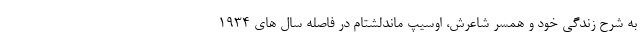
به شرح زندگی خود و همسر شاعرش، اوسیپ ماندلشتام در فاصله سال‌ های ۱۹۳۴